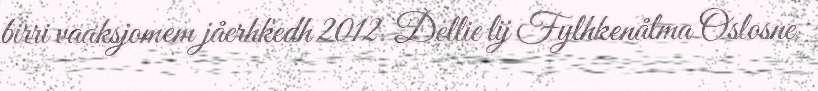
birri vaaksjomem jåerhkedh 2012. Dellie lij Fylhkenålma Oslosne